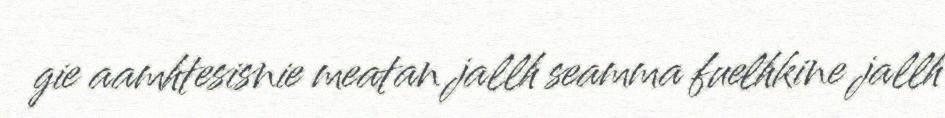
gie aamhtesisnie meatan jallh seamma fuelhkine jallh